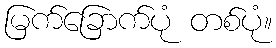
မြက်ခြောက်ပုံ တစ်ပုံ။